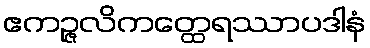
ဧကဉ္ဇလိကတ္ထေရဿာပဒါနံ